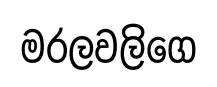
මරලවලිගෙ